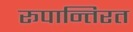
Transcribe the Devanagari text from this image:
रूपान्तिरत